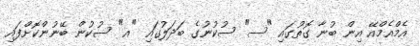
އެމްއެމްއޭ އިން ބުނާ ގޮތުގައި "ސ" ސުކުނުގެ ބަދަލުގައި "އ" ސުކުން ބޭނުންކޮށްފައި